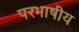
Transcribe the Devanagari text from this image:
परभाषीय